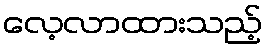
လေ့လာထားသည့်